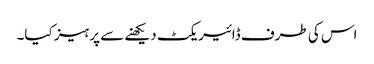
اس کی طرف ڈائیریکٹ دیکھنے سے پرہیز کیا۔